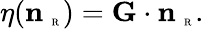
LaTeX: \eta({\mathbf n}_{\mathrm{~\tiny~R~}})={\mathbf G}\cdot{\mathbf n}_{\mathrm{~\tiny~R~}}.